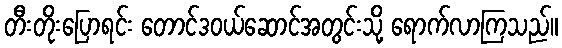
တီးတိုးပြောရင်း တောင်ဒဝယ်ဆောင်အတွင်းသို့ ရောက်လာကြသည်။